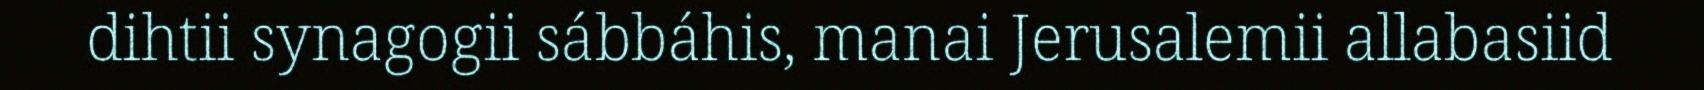
dihtii synagogii sábbáhis, manai Jerusalemii allabasiid